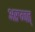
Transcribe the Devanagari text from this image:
अरुग्वत्